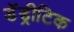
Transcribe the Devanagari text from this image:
डेंड्रीटिक